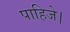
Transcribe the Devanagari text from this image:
पाहिजे।